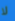
لا